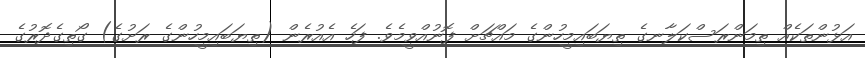
އަޅުންތަކެއް ތިމަންރަސްކަލާނގެ ތިޔަބައިމީހުންގެ މައްޗަށް ފޮނުއްވީމެވެ. ފަހެ އެއުރެން (ތިޔަބައިމީހުންގެ ރަށުގެ) ގޯތިގެދޮރުގެ